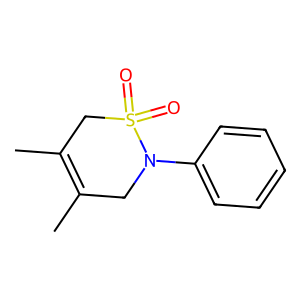
SMILES: CC1=C(C)CS(=O)(=O)N(c2ccccc2)C1
Inhibits HIV replication: No